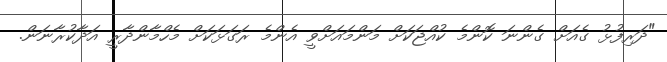
"ދަރިފުޅު ގެއަށް ގެންނަ ކޮންމެ ކުއްޖަކަށް މަންމައަށްވީ އެންމެ ރަގަޅަކަށް މެހްމާންދާރީ އަދާކުރާނަން.